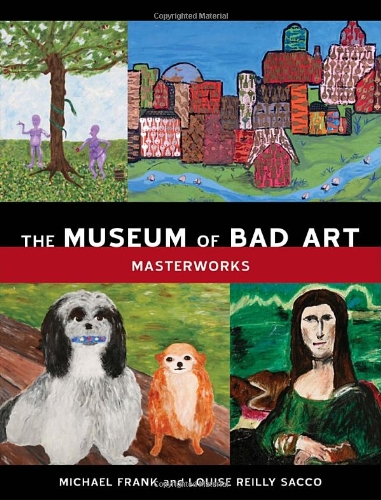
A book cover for The Museum of Bad Art: Masterworks; Michael Frank; Travel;